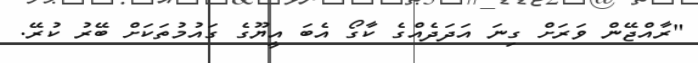
"ރާއްޖޭން ވަރަށް ގިނަ އަދަދެއްގެ ކާގޯ އެބަ އީޔޫގެ ގައުމުތަކަށް ބޭރު ކުރޭ.